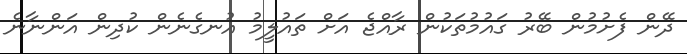
ދޭން ފެށުމުން ބޭރު ގައުމުތަކުން ރާއްޖެ އަށް ތައުލީމު އުނގެނެން ކުދިން އަންނާނެ